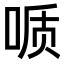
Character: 𫪪